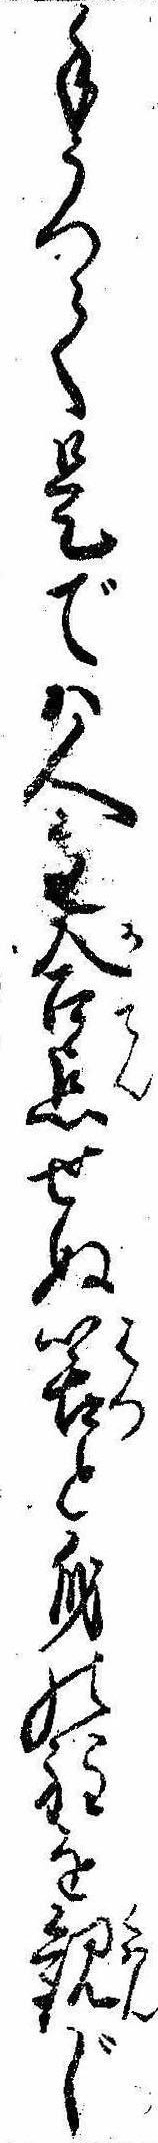
手うつて是では人も合点せぬ筈と身の程を観じ